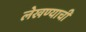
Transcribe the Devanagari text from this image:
लेखण्याची